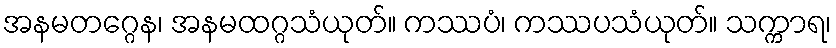
အနမတဂ္ဂေန၊ အနမထဂ္ဂသံယုတ်။ ကဿပံ၊ ကဿပသံယုတ်။ သက္ကာရ၊